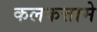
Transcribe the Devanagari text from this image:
कलकत्तामे